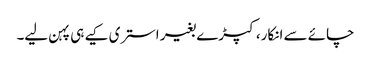
چائے سے انکار، کپڑے بغیر استری کیے ہی پہن لیے۔